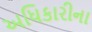
અધિકારીના